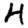
Digit: 4